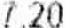
7.20